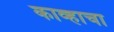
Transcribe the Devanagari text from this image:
काव्हाचा